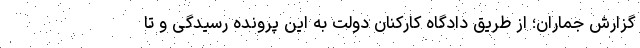
گزارش جماران؛ از طریق دادگاه کارکنان دولت به این پرونده رسیدگی و تا